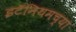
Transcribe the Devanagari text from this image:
इटॅनियमच्या